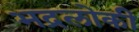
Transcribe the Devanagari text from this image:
भद्रलोकी